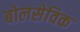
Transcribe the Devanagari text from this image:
बोलसेविक